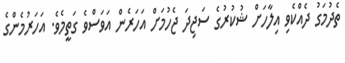
ތެދުމަގު ދެއްކެވި އިލާހަށް ޝުކުރުގެ ސަޖިދަ ޖެހުމަށް އަހަރެން އަވަސްވެ ގަތީމެވެ. އަހަރުމެންގެ